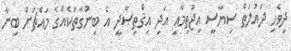
ދިވެހި ދައުލަތް ސިޔާސީ އިޖުތިމާޢީ އަދި އިޤްތިޞާދީ އެ ބިންގާތަކެއްގެ މައްޗަށް ބިނާ